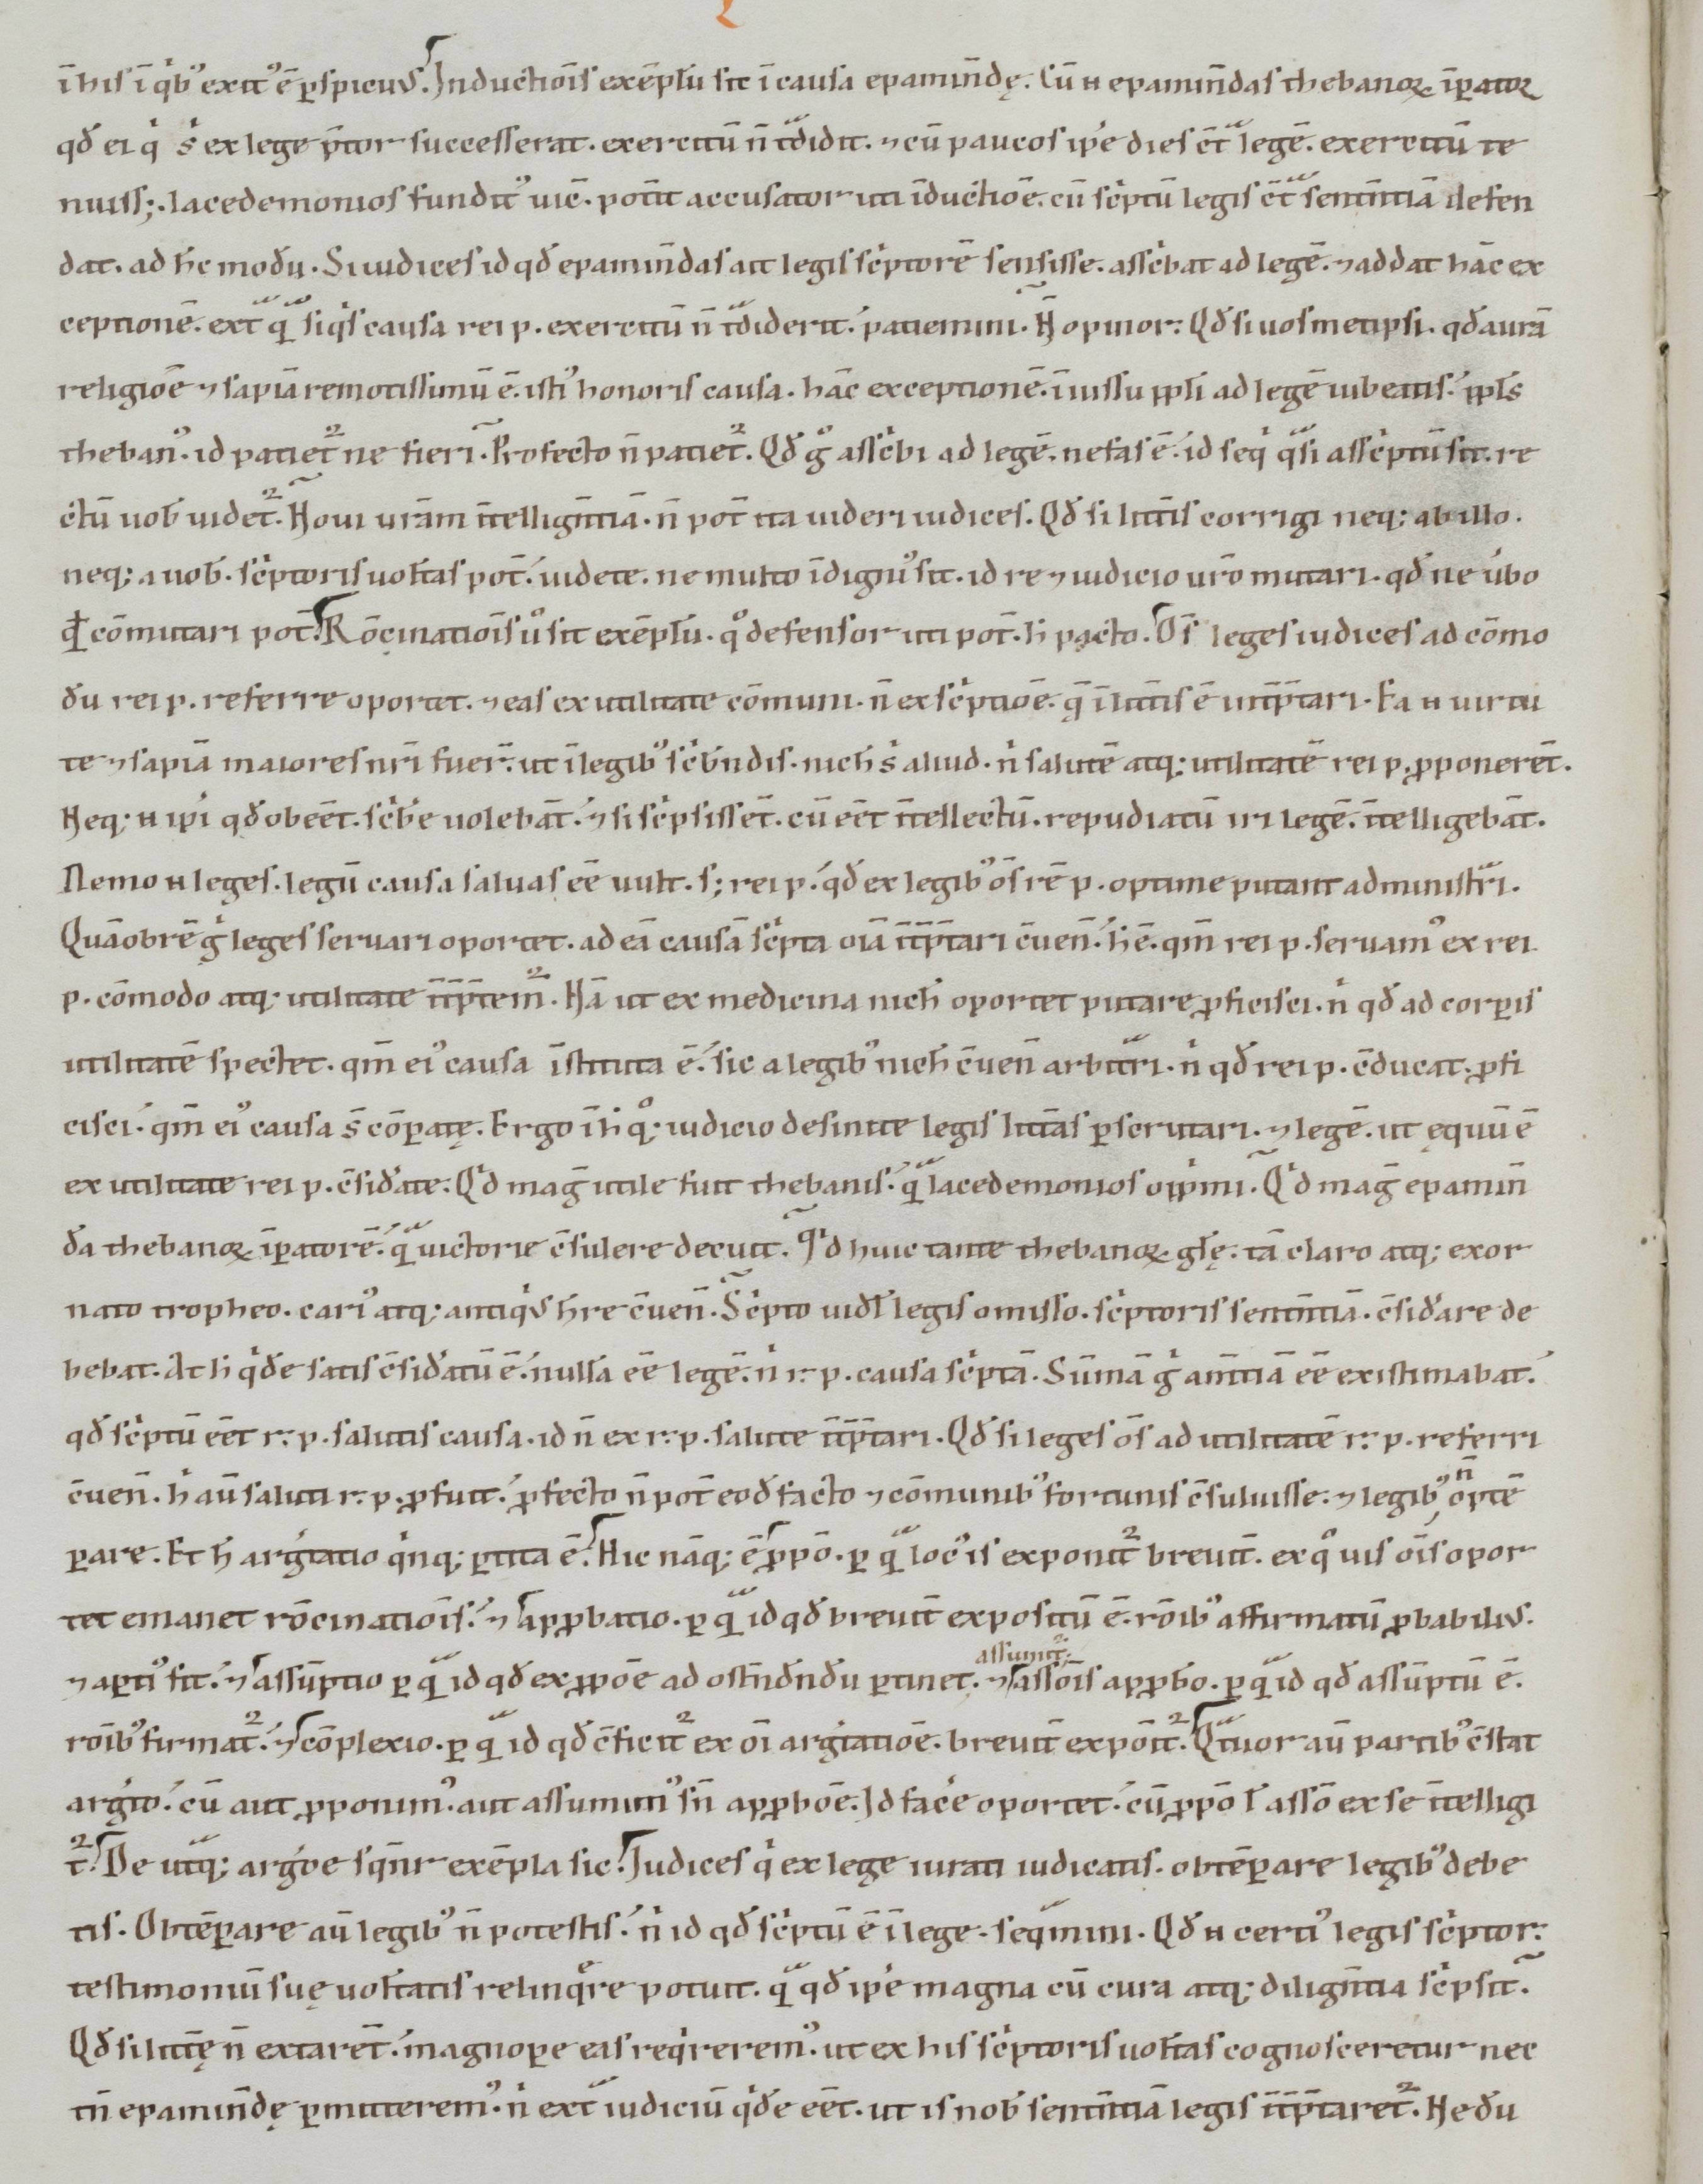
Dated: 1100–1199